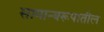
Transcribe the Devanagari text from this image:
सामान्यरूपातील